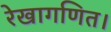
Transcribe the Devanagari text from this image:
रेखागणित।